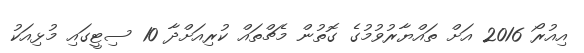
އިއުރޯ 2016 އަށް ތައްޔާރުވުމުގެ ގޮތުން މެޗްތައް ކުރިއަށްދާ 10 ސިޓީގައި މުޅިއަކު